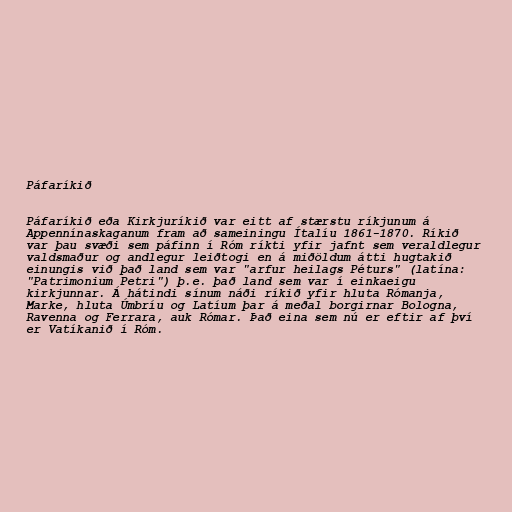
Páfaríkið

Páfaríkið eða Kirkjuríkið var eitt af stærstu ríkjunum á
Appennínaskaganum fram að sameiningu Ítalíu 1861-1870. Ríkið
var þau svæði sem páfinn í Róm ríkti yfir jafnt sem veraldlegur
valdsmaður og andlegur leiðtogi en á miðöldum átti hugtakið
einungis við það land sem var "arfur heilags Péturs" (latína:
"Patrimonium Petri") þ.e. það land sem var í einkaeigu
kirkjunnar. Á hátindi sínum náði ríkið yfir hluta Rómanja,
Marke, hluta Úmbríu og Latíum þar á meðal borgirnar Bologna,
Ravenna og Ferrara, auk Rómar. Það eina sem nú er eftir af því
er Vatíkanið í Róm.